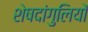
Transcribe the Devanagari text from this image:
शेषदांगुलियों